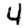
Digit: 4